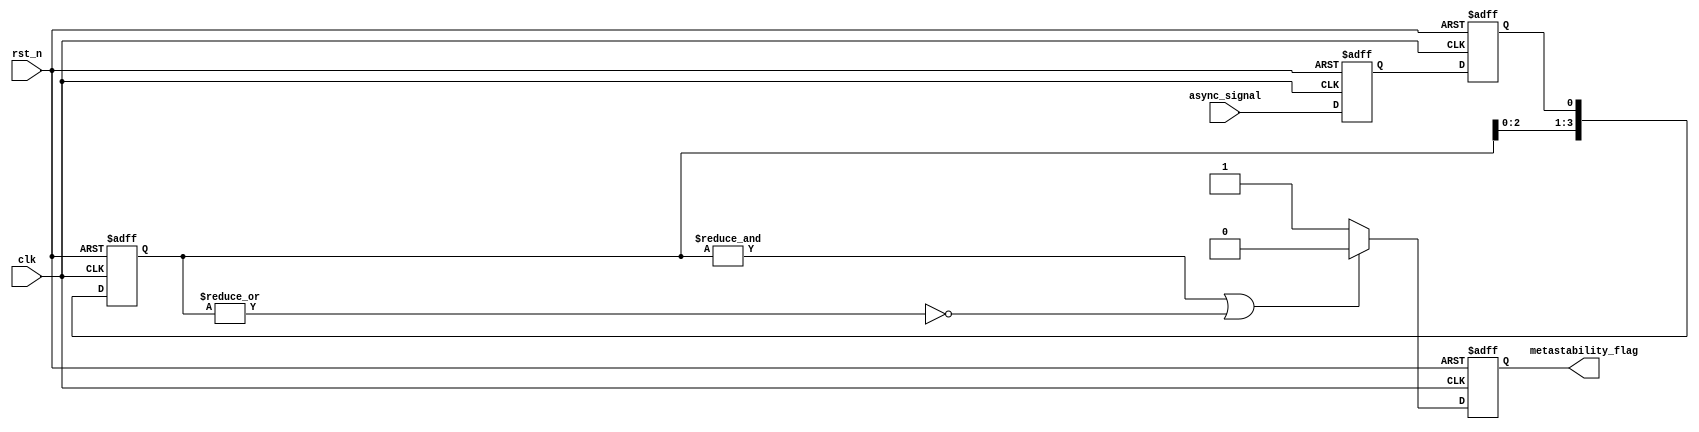
module metastability_detector #(
    parameter NUM_SAMPLES = 4 // Number of clock cycles to sample
)(
    input wire clk,             // Clock signal
    input wire rst_n,           // Active low reset signal
    input wire async_signal,     // Asynchronous input signal to monitor
    output reg metastability_flag // Output signal indicating metastability condition
);

    // Internal signals
    reg latch1, latch2; // Latches to sample the input signal
    reg [NUM_SAMPLES-1:0] samples; // Memory block to store latch outputs
    integer i;

    // Latch sampling process
    always @(posedge clk or negedge rst_n) begin
        if (!rst_n) begin
            latch1 <= 1'b0;
            latch2 <= 1'b0;
        end else begin
            latch1 <= async_signal; // Sample async signal
            latch2 <= latch1;       // Sample output of the first latch
        end
    end

    // Memory block to store latch outputs
    always @(posedge clk or negedge rst_n) begin
        if (!rst_n) begin
            samples <= {NUM_SAMPLES{1'b0}}; // Clear samples on reset
        end else begin
            samples <= {samples[NUM_SAMPLES-2:0], latch2}; // Shift in new sample
        end
    end

    // Metastability detection logic
    always @(posedge clk or negedge rst_n) begin
        if (!rst_n) begin
            metastability_flag <= 1'b0; // Clear flag on reset
        end else begin
            // Check if all samples are the same
            if (&samples || ~|samples) begin
                metastability_flag <= 1'b0; // No metastability detected
            end else begin
                metastability_flag <= 1'b1; // Metastability detected
            end
        end
    end

endmodule